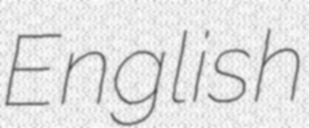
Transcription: English